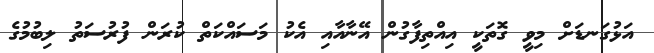
އަޅުގަނޑަށް މިވީ ގޮތަކީ އިއްތިފާގުން އޭނާއާއި އެކު މަސައްކަތް ކުރަން ފުރުސަތު ލިބުމުގެ